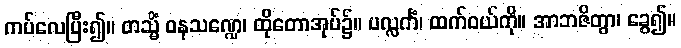
ကပ်လေပြီး၍။ တသ္မိံ ဝနသဏ္ဍေ၊ ထိုတောအုပ်၌။ ပလ္လင်္ကံ၊ ထက်ဝယ်ကို။ အာဘဇိတွာ၊ ခွေ၍။